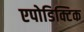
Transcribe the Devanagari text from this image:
एपोडिक्टिक